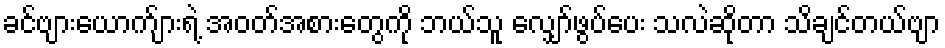
ခင်ဗျားယောက်ျားရဲ့ အဝတ်အစားတွေကို ဘယ်သူ လျှော်ဖွပ်ပေး သလဲဆိုတာ သိချင်တယ်ဗျာ